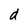
Character: d